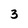
Character: 3